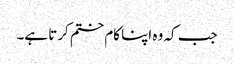
جب کہ وہ اپنا کام ختم کرتا ہے۔